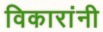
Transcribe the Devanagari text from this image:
विकारांनी